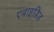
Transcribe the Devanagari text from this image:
एबाइडिड